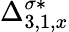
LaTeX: \Delta_{3,1,x}^{\sigma*}